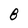
Character: B